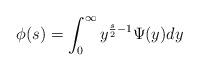
LaTeX: \begin{align*}\phi(s) = \int_{0}^{\infty} y^{\frac{s}{2}-1} \Psi(y) dy\end{align*}